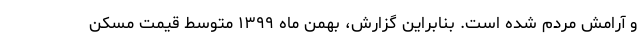
و آرامش مردم شده است. بنابراین گزارش، بهمن ماه ۱۳۹۹ متوسط قیمت مسکن